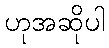
ဟုအဆိုပါ